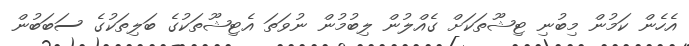
އެހެން ކަމުން މިބުނި ޓިޝޫތަކަށް ގެއްލުން ލިބުމުން ނުވަތަ އެޓިޝޫތަކުގެ ބަލިތަކުގެ ސަބަބުން